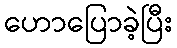
ဟောပြောခဲ့ပြီး